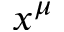
x ^ { \mu }